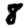
Digit: 8